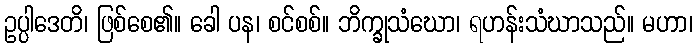
ဥပ္ပါဒေတိ၊ ဖြစ်စေ၏။ ခေါ ပန၊ စင်စစ်။ ဘိက္ခုသံဃော၊ ရဟန်းသံဃာသည်။ မဟာ၊